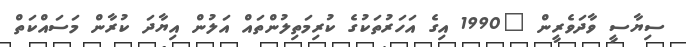
ސިޔާސީ ވާދަވެރީން "1990 އިގެ އަހަރުތަކުގެ ކުރިމަތިލުންތައް އަލުން އިޔާދަ ކުރާން މަސައްކަތް